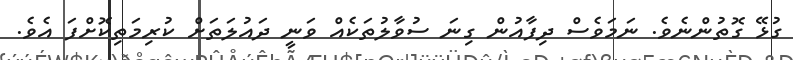
ގުޅޭ ގޮތުންނެވެ. ނަމަވެސް ދިފާއުން ގިނަ ސުވާލުތަކެއް ވަނީ ދައުލަތަށް ކުރިމަތިކޮށްފަ އެވެ.